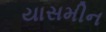
યાસમીન